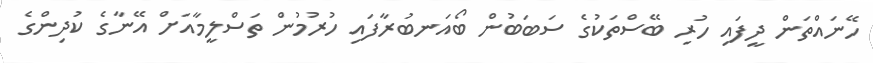
ހޭނައްތަން ދީފައި ހުރި ބޭސްތަކުގެ ސަބަބުން ބޯއަނބުރާފައި ހުރުމުން ތަސްލީމާއަށް އޭނާގެ ކުދިންގެ